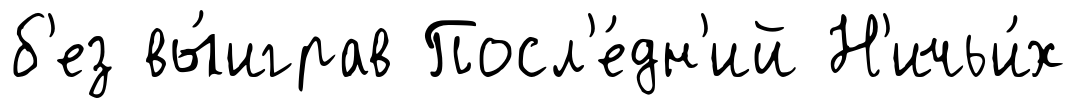
б'ез вы́играв Посл'е́дн'ий Н'ичьи́х